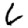
Digit: 6